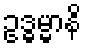
ဥဒ္ဓမ္မာနိ